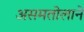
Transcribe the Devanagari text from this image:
असमतोलाने